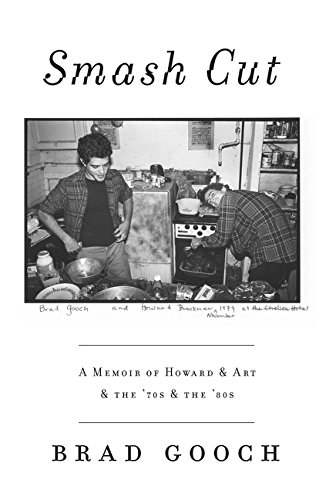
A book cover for Smash Cut: A Memoir of Howard & Art & the '70s & the '80s; Brad Gooch; Gay & Lesbian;